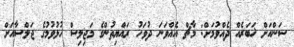
ސަންއަށް ޚަބަރެއް ދެއްވުމަށް: މާޗް އެއްވަނަ ދުވަހު ރައްޔިތުންގެ މަޖިލިސް ހުޅުވުމުގެ ޖަލްސާއަށް